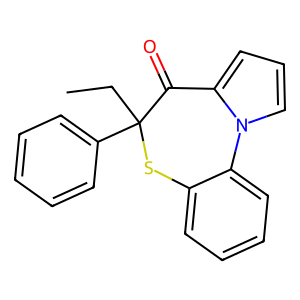
SMILES: CCC1(c2ccccc2)Sc2ccccc2-n2cccc2C1=O
Inhibits HIV replication: Yes